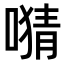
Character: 𫫜